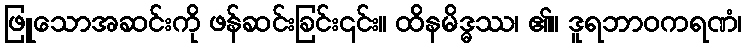
ဖြူသောအဆင်းကို ဖန်ဆင်းခြင်း၎င်း။ ထိနမိဒ္ဓဿ၊ ၏။ ဒူရဘာဝကရဏံ၊